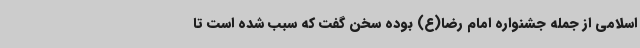
اسلامی از جمله جشنواره امام رضا(ع) بوده سخن گفت که سبب شده است تا